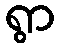
ရွာ